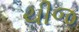
ચીજ